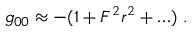
g _ { 0 0 } \approx - ( 1 + F ^ { 2 } r ^ { 2 } + \ldots ) \ .